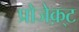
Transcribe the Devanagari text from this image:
प्रोजेक़्ट